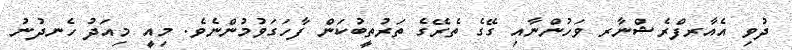
ދުވި އެއާރފްރެޝްނާރ ވަހުންނާއި ގޭގެ ތެރޭގެ ތަރުތީބުކަން ފާހަގަވުމުންނެވެ. މިއީ މިއަދު ހެނދުނު